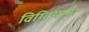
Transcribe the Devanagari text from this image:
विग्टियाना